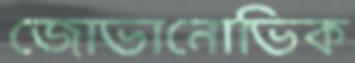
জোভানোভিক